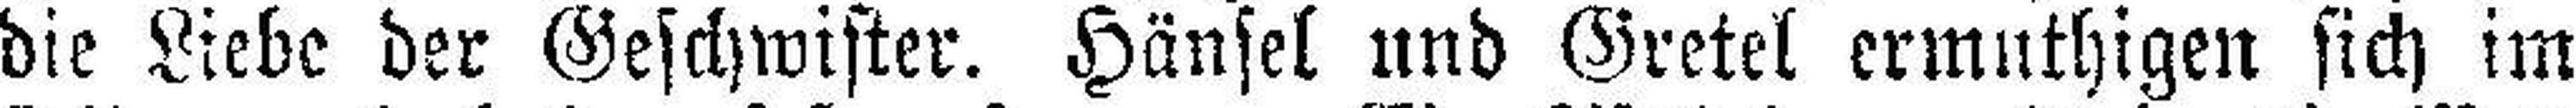
die Liebe der Geschwister. Hänsel und Gretel ermuthigen sich im